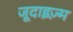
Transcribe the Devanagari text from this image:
जूदाइज़्म